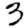
Digit: 3